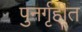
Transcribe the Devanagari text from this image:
पुनर्गृहीत